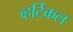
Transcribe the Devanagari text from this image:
व्हर्टिकल